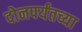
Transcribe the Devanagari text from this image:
दोनपर्यंतच्या